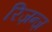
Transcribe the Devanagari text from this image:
रिज़न्ज़